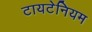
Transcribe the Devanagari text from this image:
टायटेनियम